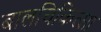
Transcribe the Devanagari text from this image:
बालचिकित्सा